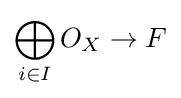
\bigoplus _{i\in I}O_{X}\to F